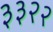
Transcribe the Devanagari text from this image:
३३२२